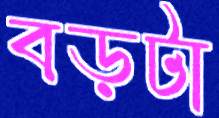
বড়টা